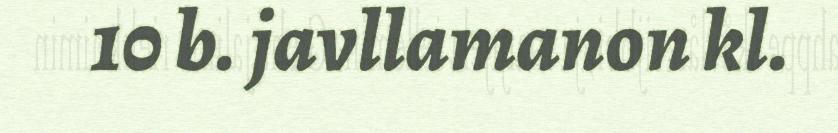
10 b. javllamanon kl.